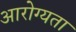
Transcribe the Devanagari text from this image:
आरोग्‍यता